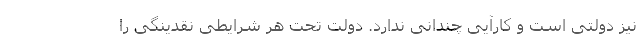
نیز دولتی است و کارآیی چندانی ندارد. دولت تحت هر شرایطی نقدینگی را